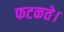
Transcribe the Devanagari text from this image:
फटकते।